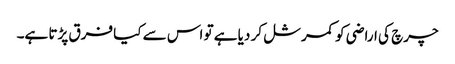
چرچ کی اراضی کو کمرشل کر دیا ہے تو اس سے کیا فرق پڑتا ہے۔